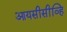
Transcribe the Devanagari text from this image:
आयसीसीव्हि